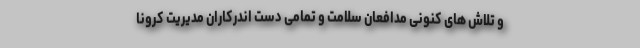
و تلاش های کنونی مدافعان سلامت و تمامی دست اندرکاران مدیریت کرونا